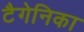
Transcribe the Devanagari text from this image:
टैगेनिका